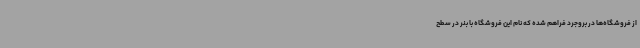
از فروشگاه‌ها در بروجرد فراهم شده که نام این فروشگاه با بنر در سطح